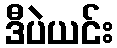
ဒီပဲယင်း